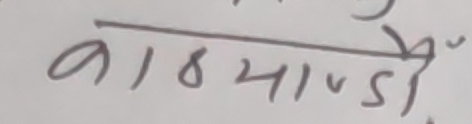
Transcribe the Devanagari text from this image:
१८५माण्डौं